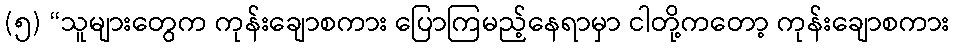
(၅) “သူများတွေက ကုန်းချောစကား ပြောကြမည့်နေရာမှာ ငါတို့ကတော့ ကုန်းချောစကား